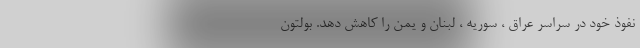
نفوذ خود در سراسر عراق ، سوریه ، لبنان و یمن را کاهش دهد. بولتون